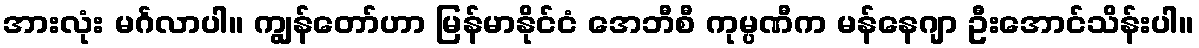
အားလုံး မင်္ဂလာပါ။ ကျွန်တော်ဟာ မြန်မာနိုင်ငံ အေဘီစီ ကုမ္ပဏီက မန်နေဂျာ ဦးအောင်သိန်းပါ။